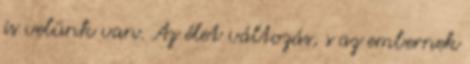
is velünk van. Az élet változás, s az embernek